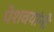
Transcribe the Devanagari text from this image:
पेशवयांनी